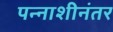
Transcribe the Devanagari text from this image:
पन्नाशीनंतर